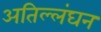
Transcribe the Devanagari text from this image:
अतिल्लंघन